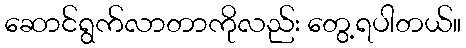
ဆောင်ရွက်လာတာကိုလည်း တွေ့ရပါတယ်။